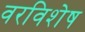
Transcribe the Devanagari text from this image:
वरविशेष